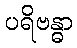
ပရိဗန္ဓာ